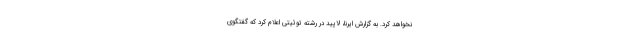
نخواهد کرد. به گزارش ایرنا، لاپید در رشته توئیتی اعلام کرد که گفتگوی